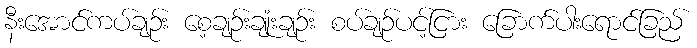
နီးအောင်ကပ်ချဉ်း စေ့ချဉ်းချုံးချဉ်း စပ်ချဉ်ပင့်ငြား ခြောက်ပါးရောင်ခြည်